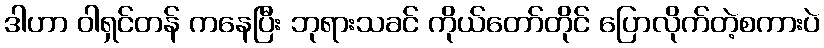
ဒါဟာ ဝါရှင်တန် ကနေပြီး ဘုရားသခင် ကိုယ်တော်တိုင် ပြောလိုက်တဲ့စကားပဲ